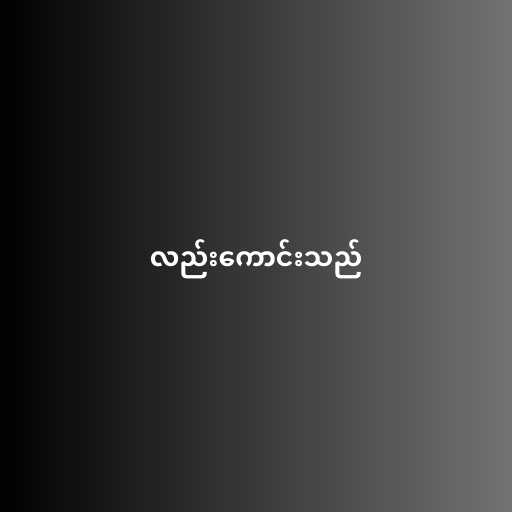
လည်းကောင်းသည်